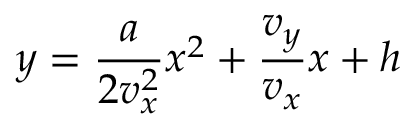
y = { \frac { a } { 2 v _ { x } ^ { 2 } } } x ^ { 2 } + { \frac { v _ { y } } { v _ { x } } } x + h